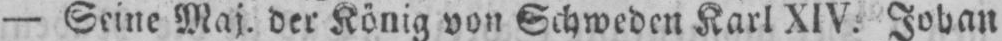
- Seine Maj. der König von Schweden Karl XIV. Johan